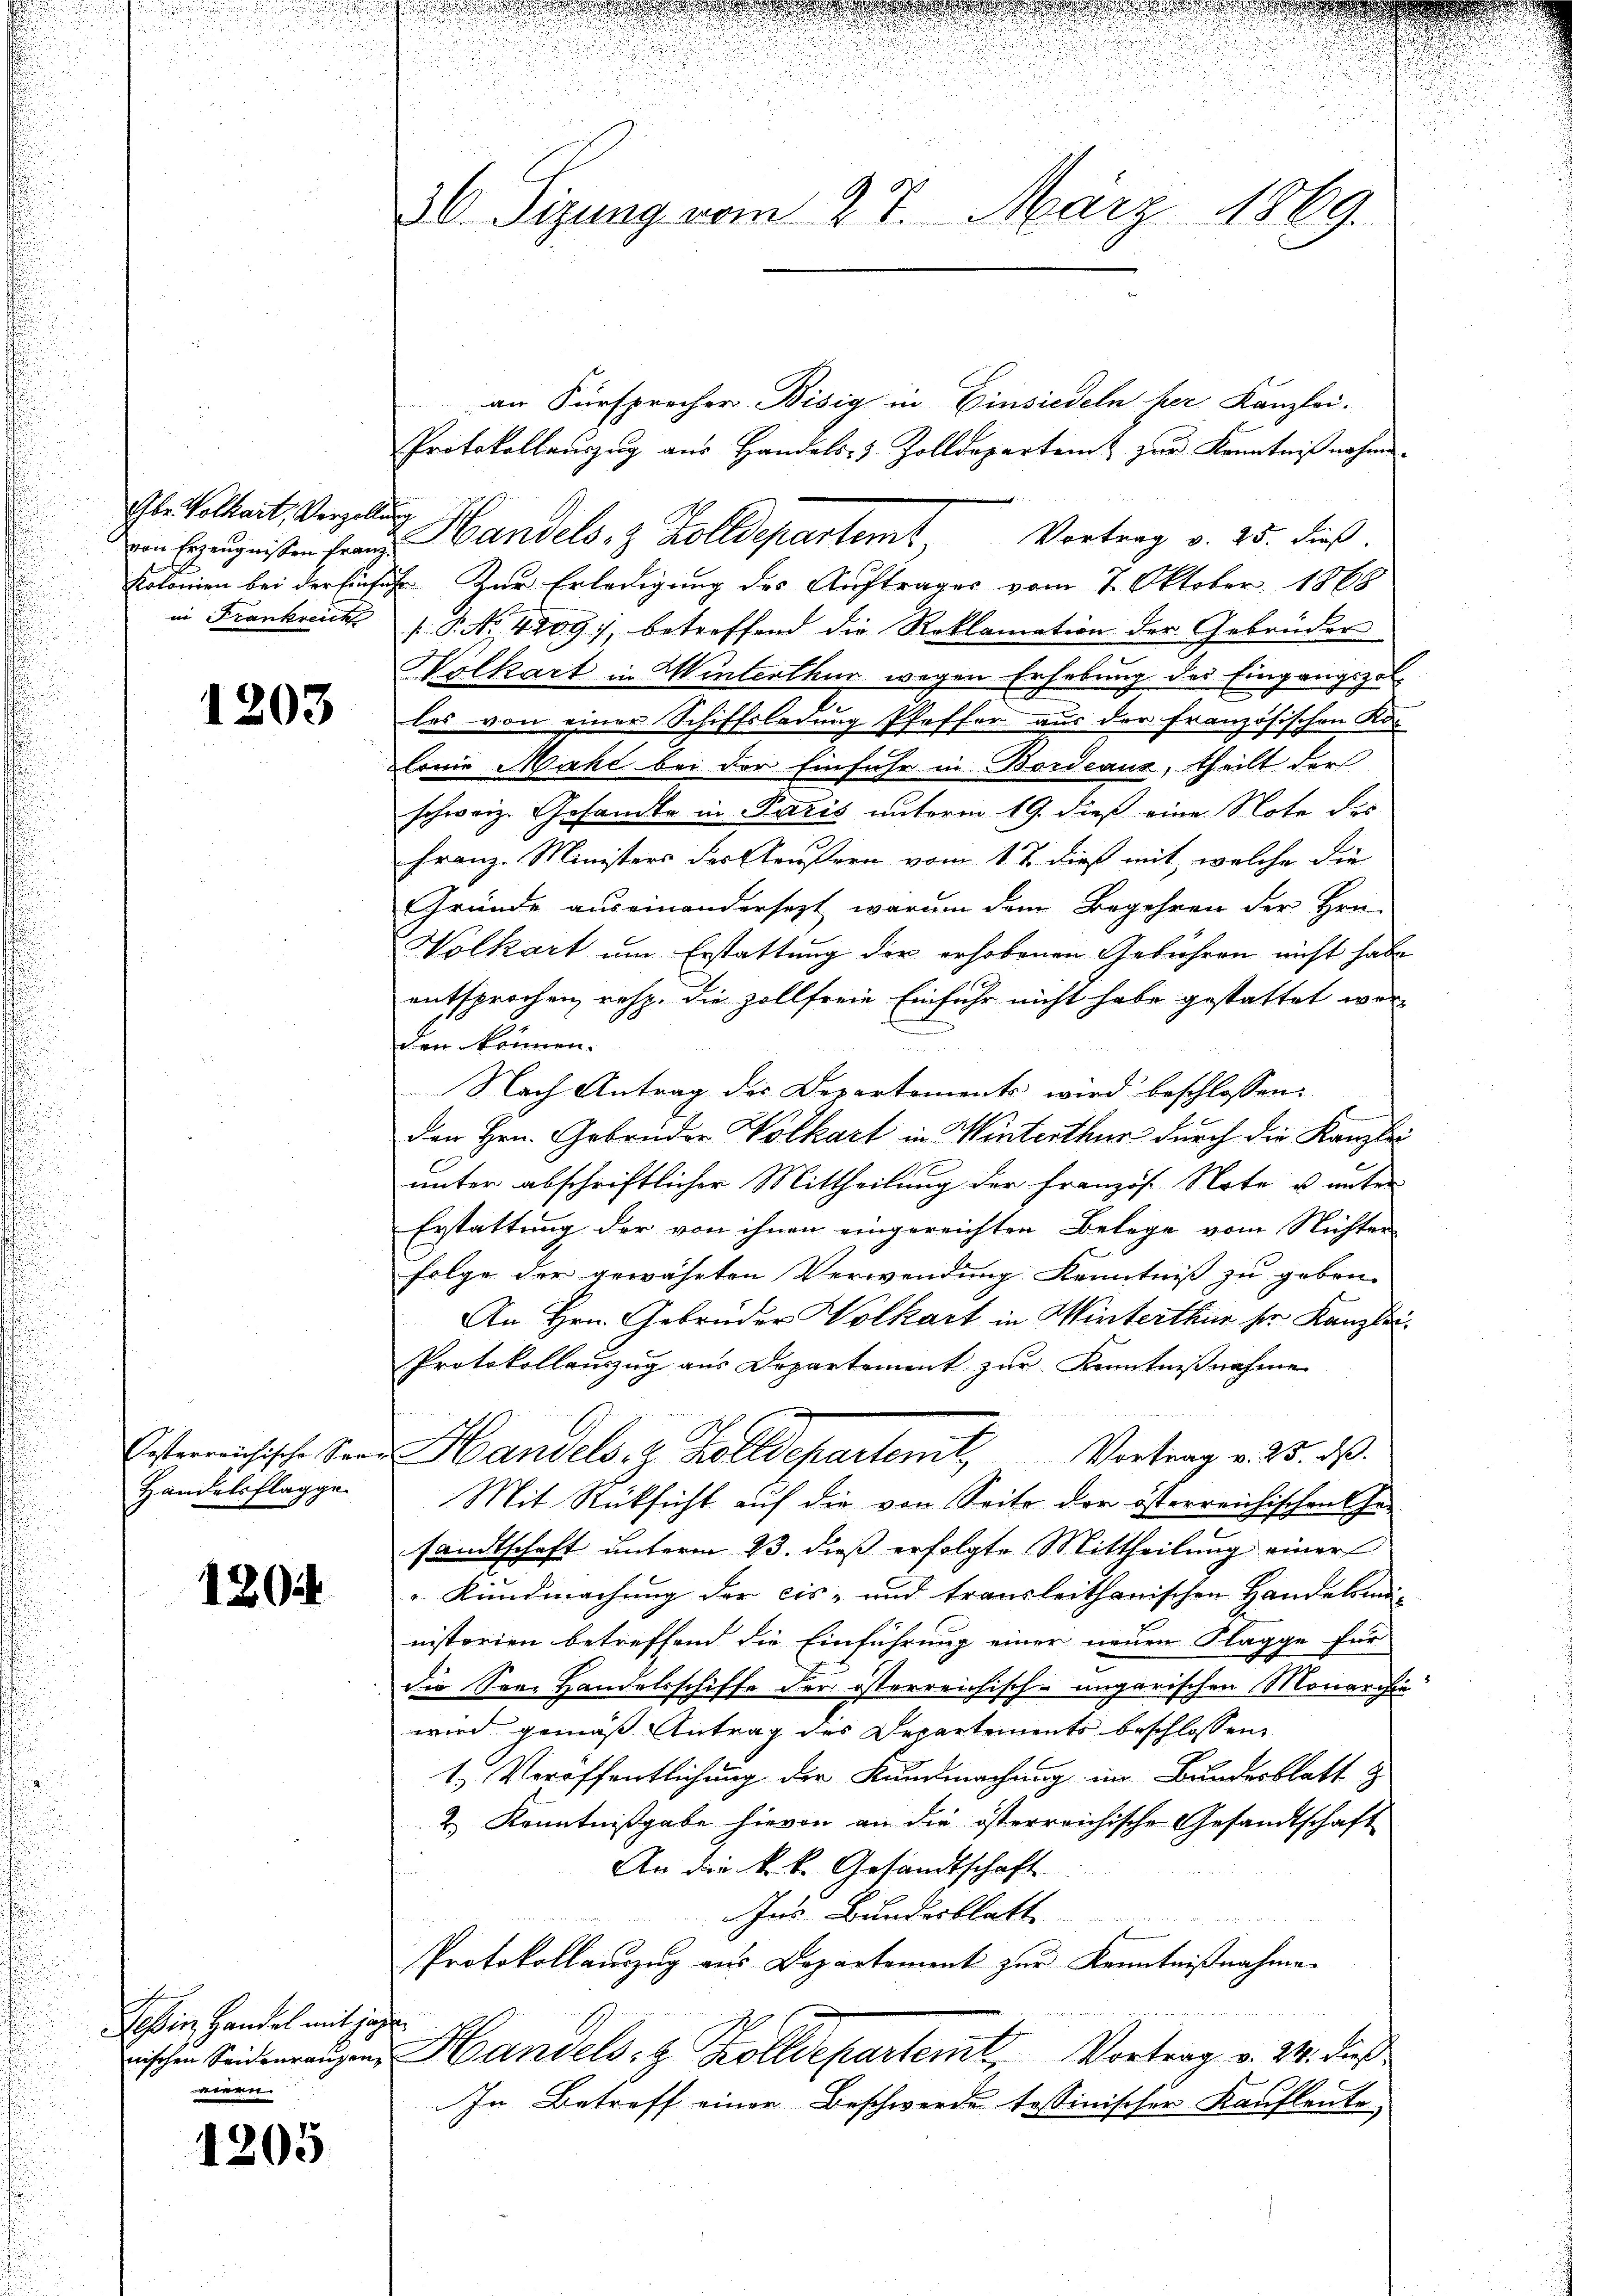
Gbr. Volkart, Verzollung
in Frankreich

1203

Ersterreichische Ser
Handelsflagge

1804

Sohin Handel mit gegen
nischen Seiterausen,
eien

1205

30. Sizung vom 27. März 1869.

.

an Fürsprecher Bisig in Einsiedeln ser Kanzlei-
Protokollaŭszŭg aŭs Handels- & Zolldepartem zur Kenntniß nahme.
Kolonien bei der Einfuhr. Zur Erledigung des Auftrages vom 7. Oktober 1868
s P. No. 4209), betreffend die Reklamation der Gebrüder
Wolkart in Winterthur wegen Erhebung des Eingangszol-
les von einer Schiffsladung Pfeffer aus der französischen Kon
lonie Macht bei der Einfuhr in Bordeaux, theilt der
schweiz. Gesandte in Paris unterm 19. dieß eine Note des
Franz. Ministers des Aeußern vom 1 t dieß mit, welche die
Gründe auseinandersezt, warum dem Begehren der Hrn.
Volkart um Erstattung der erhobenen Gebühren nicht habe
entsprochen, resp. die zollfreie Einfuhr nicht habe gestattet wor-
den können.
Nach Antrag des Departements wird beschlossen:
den Hrn. Gebrüder Volkart in Winterthur durch die Kanzlei
unter abschriftlicher Mittheilung der Französ. Note u unter
Erstattung der von ihnen eingereichten Belege vom Nichter
folge der gewährten Verwendung Kenntniß zu geben.
An Hrn. Gebrüder Wolkart in Winterthur ser Kanzlei¬
Protokollauszug aus Departement zur Kenntnißnahme
Handels. z. Zolldepartenit, Vertrag v. 25. 20.
Mit Rücksicht auf die von Seite der österreichischen Ehe-
sandtschaft unterm 23. dieß erfolgte Mittheilung einer
 Kundmachung der eis- und transleithanischen Handelsmi-
nisterien betreffend die Einführung einer neuen Klagge für
die See. Handelsschiffe der österreichische ungarischen Monarchia
wird gemäß Antrag des Departements beschlossen,
1.) Veröffentlichung der Kundmachung im Bundesblatt
2 Kenntnißgabe hievon an die österreichische Gesandtschaft
An die k. k. Gesandtschaft
ns Bundesblatt
J
Protokollauszug aus Departement zur Kenntnißnahme¬
Handels- & Zolldepartemt, Vortrag v. 24. dies
In Betreff einer Beschwerde tessinischer Kaufleute

ven Erzeugnißen Frau andels- & Zolldepartem Vortrag v. 25. dieß.